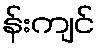
န်းကျင်